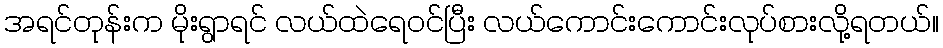
အရင်တုန်းက မိုးရွာရင် လယ်ထဲရေဝင်ပြီး လယ်ကောင်းကောင်းလုပ်စားလို့ရတယ်။